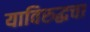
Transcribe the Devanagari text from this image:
याविरुद्धचा